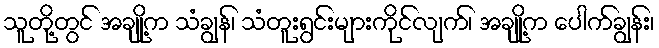
သူတို့တွင် အချို့က သံချွန်၊ သံတူးရွင်းများကိုင်လျက်၊ အချို့က ပေါက်ချွန်း၊